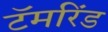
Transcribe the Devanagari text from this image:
टॅमरिंड